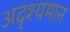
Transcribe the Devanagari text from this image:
अदृश्यमान